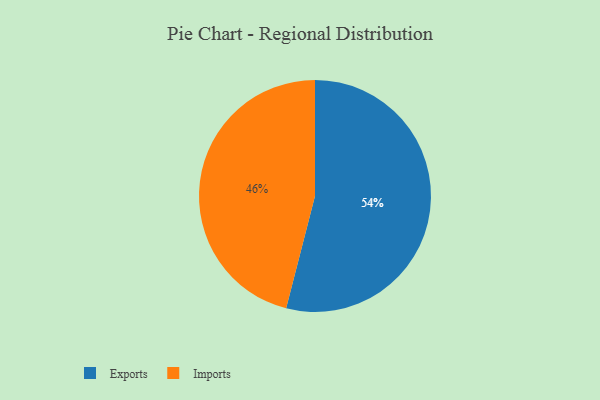
{"axis": {"x": "Category", "y": "Percentage"}, "legend": ["Exports", "Imports"], "data": [{"x": "Imports", "y": 46, "type": "Imports"}, {"x": "Exports", "y": 54, "type": "Exports"}]}